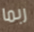
ربما